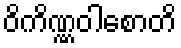
ဝိကိဏ္ဏဝါစောတိ